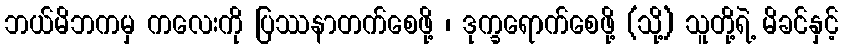
ဘယ်မိဘကမှ ကလေးကို ပြဿနာတက်စေဖို့ ၊ ဒုက္ခရောက်စေဖို့ (သို့) သူတို့ရဲ့ မိခင်နှင့်